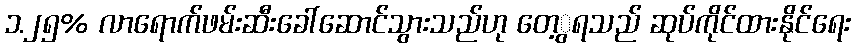
၁.၂၅% လာရောက်ဖမ်းဆီးခေါ်ဆောင်သွားသည်ဟု တေ့ွရသည် ဆုပ်ကိုင်ထားနိုင်ရေး